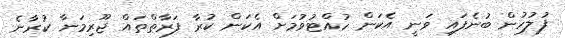
ފުލުހުން ބުނެފައި ވަނީ އެކަން ހުއްޓުވުމަށް އެކަން ކުރާ ފަރާތްތައް ޖޫރިމަނާ ކުރާނެ